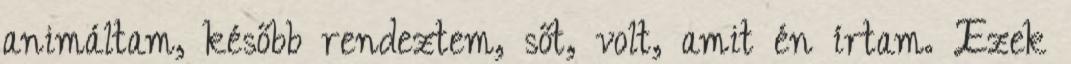
animáltam, később rendeztem, sőt, volt, amit én írtam. Ezek